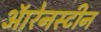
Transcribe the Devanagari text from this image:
ऑरेनस्टीन